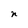
Character: n